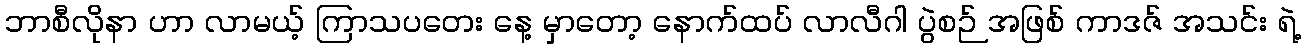
ဘာစီလိုနာ ဟာ လာမယ့် ကြာသပတေး နေ့ မှာတော့ နောက်ထပ် လာလီဂါ ပွဲစဉ် အဖြစ် ကာဒဇ် အသင်း ရဲ့